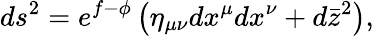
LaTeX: ds^{2}=e^{f-\phi}\left(\eta_{\mu\nu}dx^{\mu}dx^{\nu}+d\bar{z}^{2}\right),